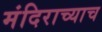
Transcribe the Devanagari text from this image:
मंदिराच्याच